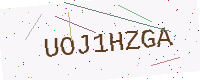
Text: UOJ1HZGA